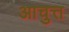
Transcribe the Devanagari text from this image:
आचुत्त